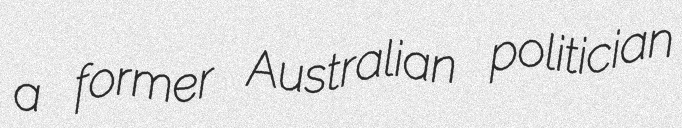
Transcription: a former Australian politician